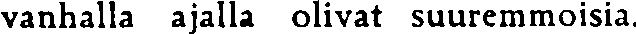
vanhalla ajalla olivat suuremmoisia.